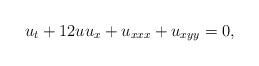
LaTeX: \begin{align*}u_t + 12 u u_x + u_{xxx} + u_{xyy} = 0,\end{align*}